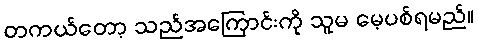
တကယ်တော့ သည်အကြောင်းကို သူမ မေ့ပစ်ရမည်။